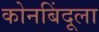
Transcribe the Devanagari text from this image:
कोनबिंदूला